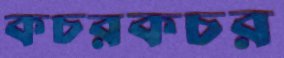
কচরকচর